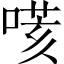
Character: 𠹽